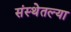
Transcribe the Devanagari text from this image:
संस्थेतल्या